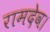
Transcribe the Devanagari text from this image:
रामदेव।